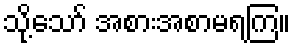
သို့သော် အစားအစာမရကြ။